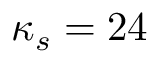
\kappa _ { s } = 2 4